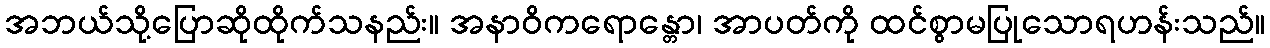
အဘယ်သို့ပြောဆိုထိုက်သနည်း။ အနာဝိကရောန္တော၊ အာပတ်ကို ထင်စွာမပြုသောရဟန်းသည်။